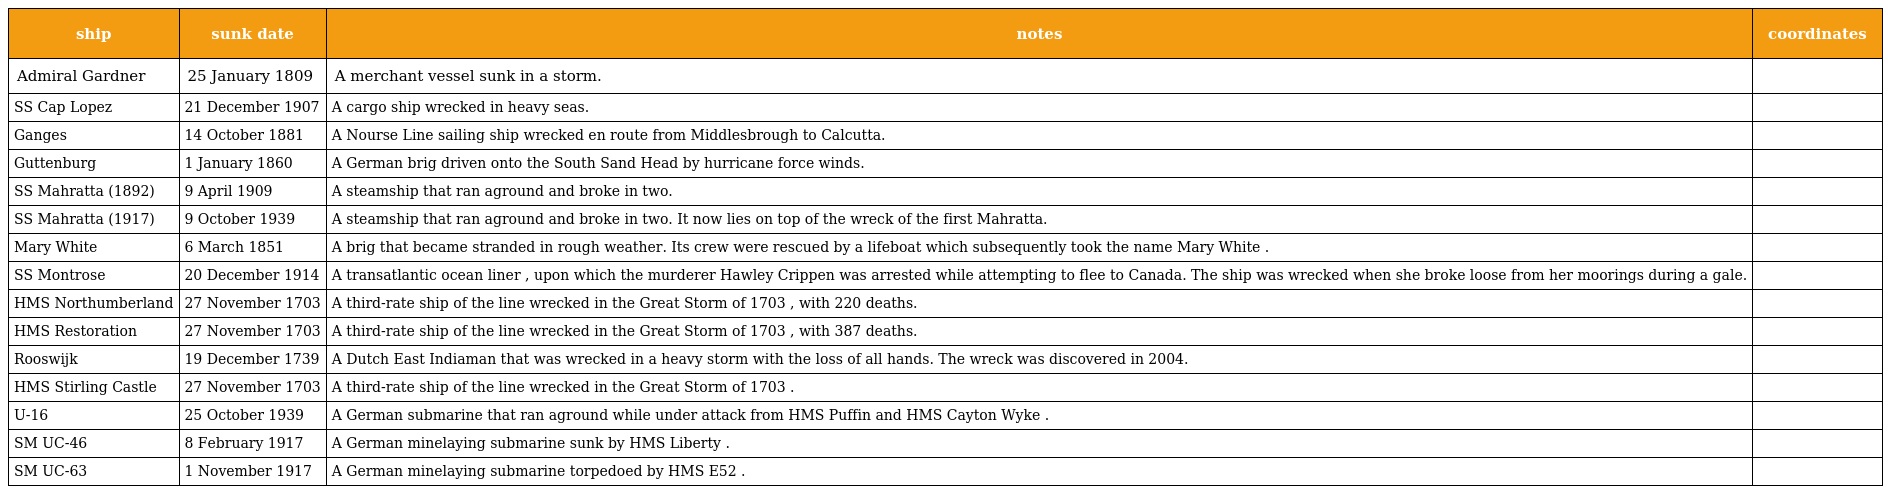
| ship | sunk date | notes | coordinates |
 | --- | --- | --- | --- |
 | Admiral Gardner | 25 January 1809 | A merchant vessel sunk in a storm. |  |
 | SS Cap Lopez | 21 December 1907 | A cargo ship wrecked in heavy seas. |  |
 | Ganges | 14 October 1881 | A Nourse Line sailing ship wrecked en route from Middlesbrough to Calcutta. |  |
 | Guttenburg | 1 January 1860 | A German brig driven onto the South Sand Head by hurricane force winds. |  |
 | SS Mahratta (1892) | 9 April 1909 | A steamship that ran aground and broke in two. |  |
 | SS Mahratta (1917) | 9 October 1939 | A steamship that ran aground and broke in two. It now lies on top of the wreck of the first Mahratta. |  |
 | Mary White | 6 March 1851 | A brig that became stranded in rough weather. Its crew were rescued by a lifeboat which subsequently took the name Mary White . |  |
 | SS Montrose | 20 December 1914 | A transatlantic ocean liner , upon which the murderer Hawley Crippen was arrested while attempting to flee to Canada. The ship was wrecked when she broke loose from her moorings during a gale. |  |
 | HMS Northumberland | 27 November 1703 | A third-rate ship of the line wrecked in the Great Storm of 1703 , with 220 deaths. |  |
 | HMS Restoration | 27 November 1703 | A third-rate ship of the line wrecked in the Great Storm of 1703 , with 387 deaths. |  |
 | Rooswijk | 19 December 1739 | A Dutch East Indiaman that was wrecked in a heavy storm with the loss of all hands. The wreck was discovered in 2004. |  |
 | HMS Stirling Castle | 27 November 1703 | A third-rate ship of the line wrecked in the Great Storm of 1703 . |  |
 | U-16 | 25 October 1939 | A German submarine that ran aground while under attack from HMS Puffin and HMS Cayton Wyke . |  |
 | SM UC-46 | 8 February 1917 | A German minelaying submarine sunk by HMS Liberty . |  |
 | SM UC-63 | 1 November 1917 | A German minelaying submarine torpedoed by HMS E52 . |  |